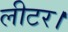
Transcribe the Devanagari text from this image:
लीटर।